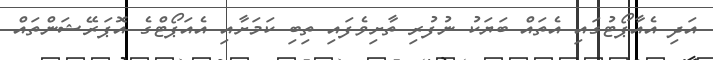
އަދި އެއާޕޯޓުގައި އެތައް ބަޔަކު ނުފުރި ތާށިވެފައި ތިބި ކަމަށާއި އެއަޕޯޓްގެ އޮޕަރޭޝަންތައް